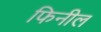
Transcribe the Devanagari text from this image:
फिनील